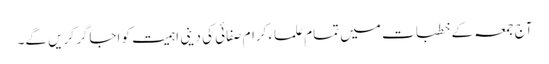
آج جمعہ کے خطبات میں تمام علماء کرام صفائی کی دینی اہمیت کو اجاگر کریں گے۔